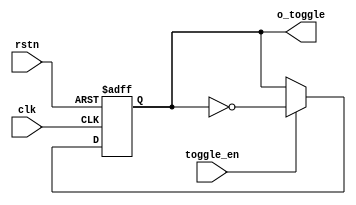
//--------------------------------------------------
//  
//  Library Name :  de2
//  Unit    Name :  toggle0
//  Unit    Type :  Text Unit
//  
//----------------------------------------------------
//////////////////////////////////////////
//////////////////////////////////////////
//
//
// Company     : Onbitel
//
// Description : 
//
//////////////////////////////////////////
//////////////////////////////////////////
module  toggle0 (clk, rstn, toggle_en, o_toggle);
   input clk ; wire clk ;
   input rstn ; wire rstn ;
   input toggle_en ; wire toggle_en ;
   output o_toggle ; wire o_toggle ;

    reg        r_toggle;

    assign  o_toggle = r_toggle ;

    always @( posedge clk or negedge rstn ) begin
        if( !rstn ) begin
            r_toggle <= 1'b0 ;
        end
        else begin
            if(toggle_en == 1'b1) begin
                r_toggle <= ~r_toggle;
            end
            else begin
                r_toggle <= r_toggle;
            end
        end
    end


endmodule